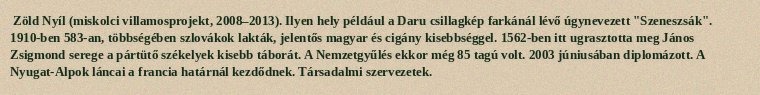
Zöld Nyíl (miskolci villamosprojekt, 2008–2013). Ilyen hely például a Daru csillagkép farkánál lévő úgynevezett "Szeneszsák". 1910-ben 583-an, többségében szlovákok lakták, jelentős magyar és cigány kisebbséggel. 1562-ben itt ugrasztotta meg János Zsigmond serege a pártütő székelyek kisebb táborát. A Nemzetgyűlés ekkor még 85 tagú volt. 2003 júniusában diplomázott. A Nyugat-Alpok láncai a francia határnál kezdődnek. Társadalmi szervezetek.